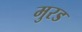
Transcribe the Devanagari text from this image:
मुरड